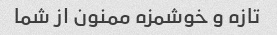
تازه و خوشمزه ممنون از شما